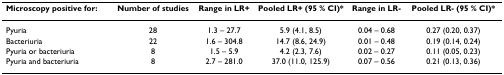
<table><thead><tr><td><b>Microscopy positive for:</b></td><td><b>Number of studies</b></td><td><b>Range in LR+</b></td><td><b>Pooled LR+ (95 % CI)*</b></td><td><b>Range in LR-</b></td><td><b>Pooled LR- (95 % CI)*</b></td></tr></thead><tbody><tr><td>Pyuria</td><td>28</td><td>1.3 – 27.7</td><td>5.9 (4.1, 8.5)</td><td>0.04 – 0.68</td><td>0.27 (0.20, 0.37)</td></tr><tr><td>Bacteriuria</td><td>22</td><td>1.6 – 304.8</td><td>14.7 (8.6, 24.9)</td><td>0.01 – 0.48</td><td>0.19 (0.14, 0.24)</td></tr><tr><td>Pyuria or bacteriuria</td><td>8</td><td>1.5 – 5.9</td><td>4.2 (2.3, 7.6)</td><td>0.02 – 0.27</td><td>0.11 (0.05, 0.23)</td></tr><tr><td>Pyuria and bacteriuria</td><td>8</td><td>2.7 – 281.0</td><td>37.0 (11.0, 125.9)</td><td>0.07 – 0.56</td><td>0.21 (0.13, 0.36)</td></tr></tbody></table>